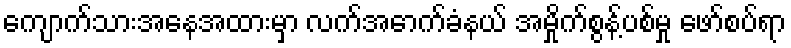
ကျောက်သားအနေအထားမှာ လက်အောက်ခံနယ် အမှိုက်စွန့်ပစ်မှု ဖော်စပ်ရာ